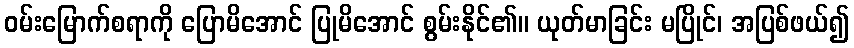
ဝမ်းမြောက်စရာကို ပြောမိအောင် ပြုမိအောင် စွမ်းနိုင်၏။ ယုတ်မာခြင်း မပြိုင်၊ အပြစ်ဖယ်၍